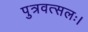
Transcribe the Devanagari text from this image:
पुत्रवत्सलः।